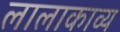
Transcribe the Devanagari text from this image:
लालाकाव्य